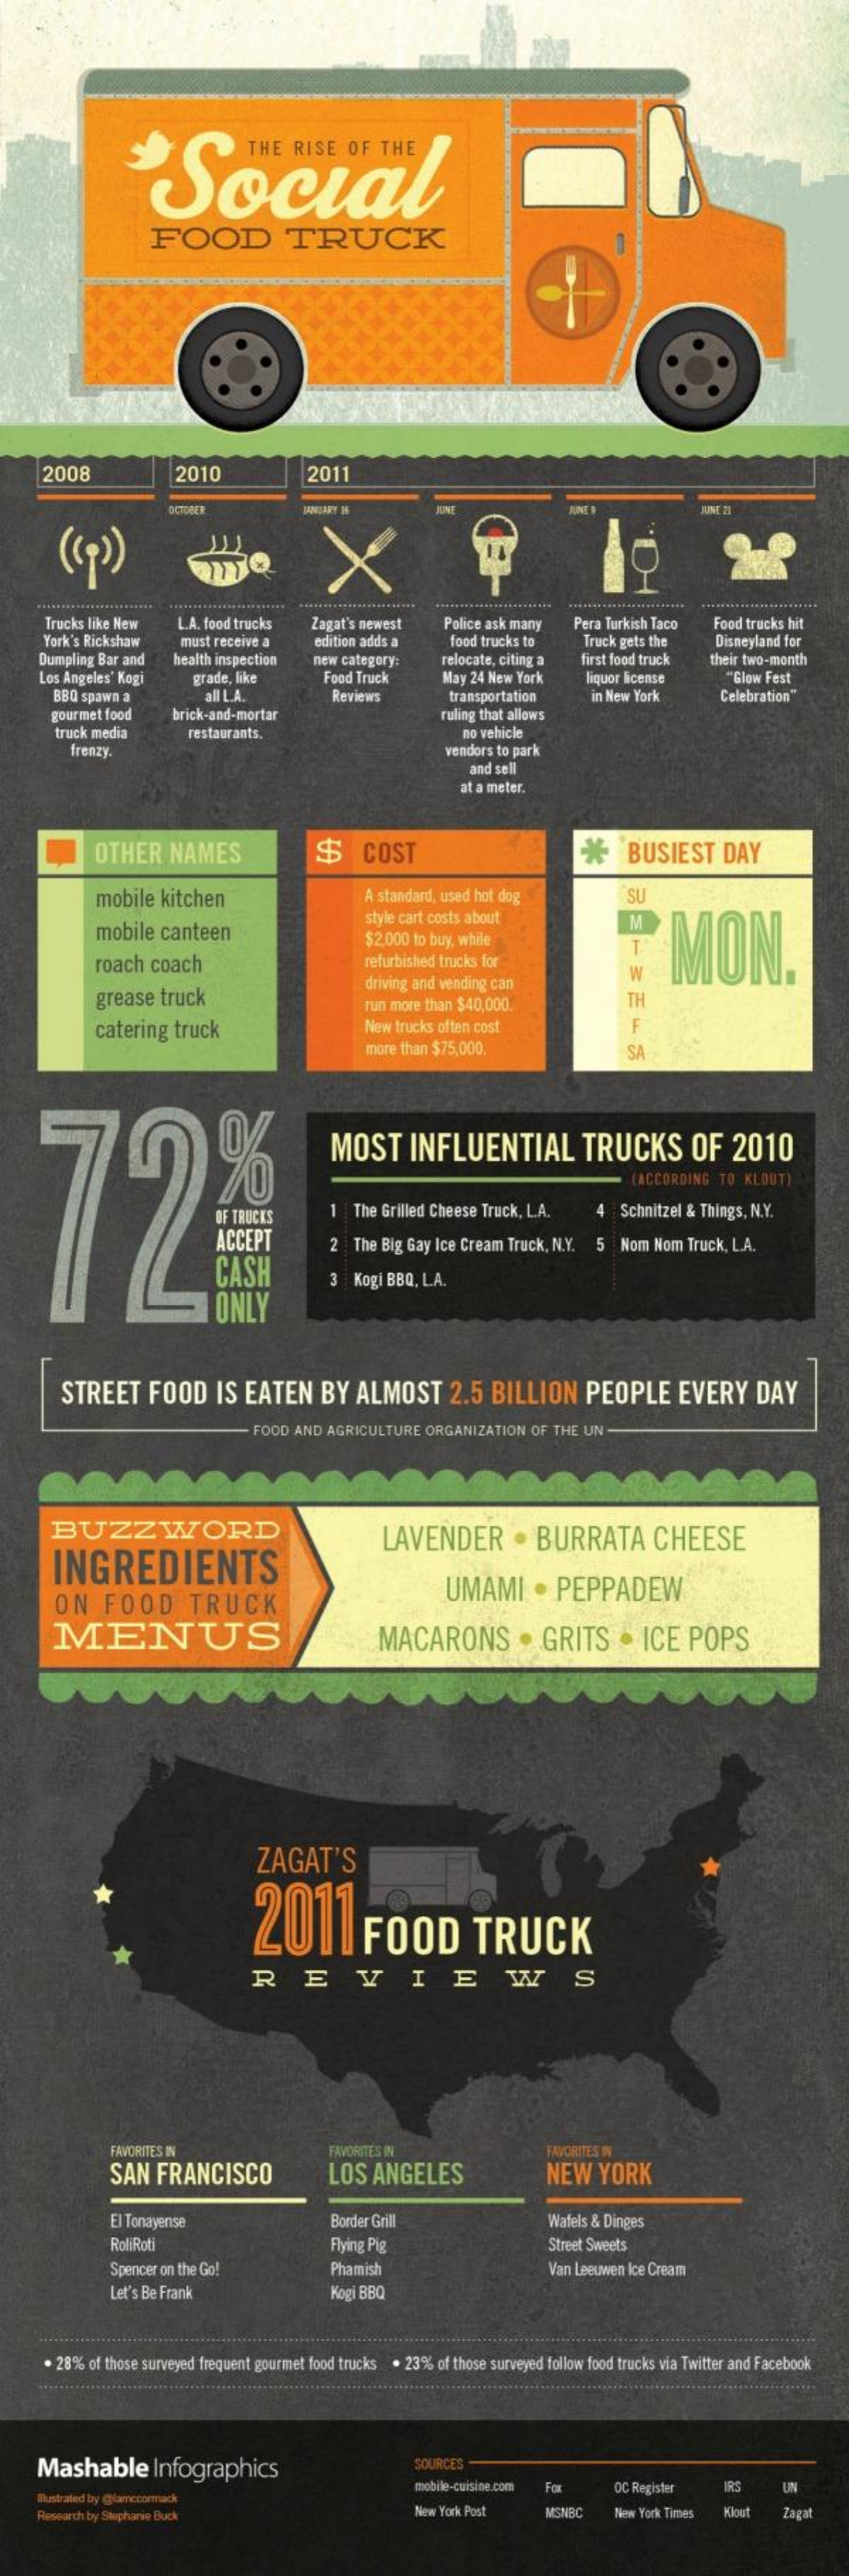
Social
     FOOD    TRUCK
     2008    2010    2011
     ( Cp)
     Trucks like New
     York's Rickshaw
     L.A. food trucks  Zagat's newest   Police ask many  Pera Turkish Taco Food trucks hit
     must receive a   edition adds a    food trucks to   Truck gets the   Disneyland for
     Dumpling Bar and  health inspection new category:   relocate, citing a first food truck their two-month
     Los Angeles' Kogi
     BBQ spawn a
     grade, like    Food Truck    "Glow Fest
     all L.A.
     May 24 New York   liquor license
     Reviews    transportation    in New York    Celebration"
     gourmet food    brick-and-mortar    ruling that allows
     truck media
     frenzy.
     restaurants,    no vehicle
     vendors to park
     and sell
     at a meter.
     OTHER    NAMES    $    COST    *    BUSIEST    DAY
     mobile  kitchen    A standard, used hot dog    SU
     mobile  canteen
     style cart costs about
     $2,000 to buy, while
     M
     MON.
     roach coach    refurbished trucks for
     T
     grease  truck
     driving and vending can    W
     run more than $40,000.    TH
     catering  truck    New trucks often cost    F
     more than $75,000.    SA
    728
     %    MOST    INFLUENTIAL    TRUCKS    OF    2010
     (ACCORDING TO KLOUT)
     1  The Grilled Cheese Truck, L.A.  4 Schnitzel & Things, N.Y.
     ACCEPT
     CASH
     2  The Big Gay Ice Cream Truck, N.Y. 5 Nom Nom Truck, L.A.
     ONLY
     3  Kogi BBQ, LA.
     STREET    FOOD    IS  EATEN    BY   ALMOST    2.5  BILLION    PEOPLE    EVERY    DAY
     FOOD AND AGRICULTURE  ORGANIZATION  OF THE UN -
     BUZZWORD
     INGREDIENTS
     LAVENDER    .  BURRATA    CHEESE
     ON    FOOD    TRUCK
     UMAMI    .  PEPPADEW
     MENUS    MACARONS    .  GRITS    .  ICE   POPS
     ZAGAT'S
     2011    FOOD    TRUCK
     REVIEWS
     FAVORITES IN
     SAN  FRANCISCO
     FAVORITES IN
     LOS  ANGELES
     FAVORITES IN
     NEW   YORK
     El Tonayense    Border Grill    Wafels & Dinges
     RoliRoti    Flying Pig    Street Sweets
     Spencer on the Go!    Phamish    Van Leeuwen Ice Cream
     Let's Be Frank    Kogi BBQ
     . 28% of those surveyed frequent gourmet food trucks . 23% of those surveyed follow food trucks via Twitter and Facebook
     Mashable    Infographics    SOURCES
     Whatrated by @lamccormack
     mobile-cuisine.com Fox    OC Register   IRS    UN
     Resoarch by Shipharie Buck    New York Post    MSNBC    New York Times Klout  Zagat